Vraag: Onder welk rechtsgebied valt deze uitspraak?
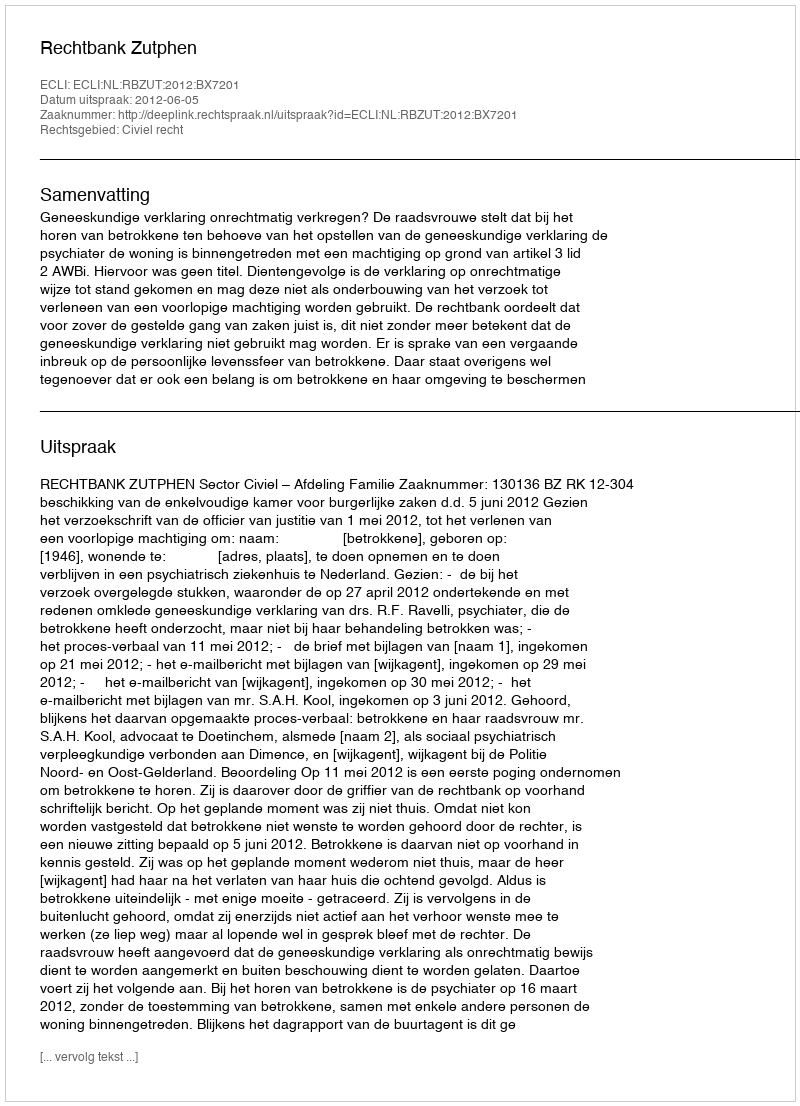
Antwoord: Civiel recht